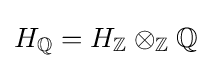
H_{\mathbb {Q} }=H_{\mathbb {Z} }\otimes _{\mathbb {Z} }\mathbb {Q}